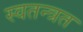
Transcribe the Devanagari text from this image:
स्वतन्त्रत